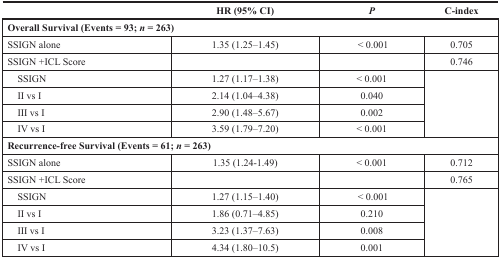
|  | HR (95% CI) | P | C-index |
 | --- | --- | --- | --- |
 | <COLSPAN=4> Overall Survival (Events = 93; n = 263) |
 | SSIGN alone | 1.35 (1.25–1.45) | < 0.001 | 0.705 |
 | SSIGN +ICL Score |  |  | 0.746 |
 | SSIGN | 1.27 (1.17–1.38) | < 0.001 | <ROWSPAN=4>  |
 | II vs I | 2.14 (1.04–4.38) | 0.040 |
 | III vs I | 2.90 (1.48–5.67) | 0.002 |
 | IV vs I | 3.59 (1.79–7.20) | < 0.001 |
 | <COLSPAN=4> Recurrence-free Survival (Events = 61; n = 263) |
 | SSIGN alone | 1.35 (1.24-1.49) | < 0.001 | 0.712 |
 | SSIGN +ICL Score |  |  | 0.765 |
 | SSIGN | 1.27 (1.15–1.40) | < 0.001 | <ROWSPAN=4>  |
 | II vs I | 1.86 (0.71–4.85) | 0.210 |
 | III vs I | 3.23 (1.37–7.63) | 0.008 |
 | IV vs I | 4.34 (1.80–10.5) | 0.001 |